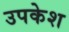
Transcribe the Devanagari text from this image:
उपकेश